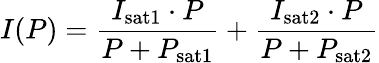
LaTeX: I(P)=\frac{I_{\mathrm{sat1}}\cdot P}{P+P_{\mathrm{sat1}}}+\frac{I_{\mathrm{sat2}}\cdot P}{P+P_{\mathrm{sat2}}}